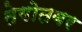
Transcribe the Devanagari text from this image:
तेगोतबर